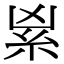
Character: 𥾜